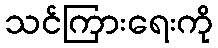
သင်ကြားရေးကို